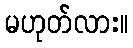
မဟုတ်လား။